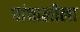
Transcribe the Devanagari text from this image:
पांचालीला